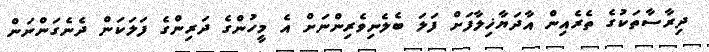
ދިރާސާތަކުގެ ތެރެއިން އާދަޔާޚިލާފަށް ފަލަ ބެލެނިވެރިންނަށް އެ މީހުންގެ ދަރިންގެ ފަލަކަން ދެނެގަންނަން